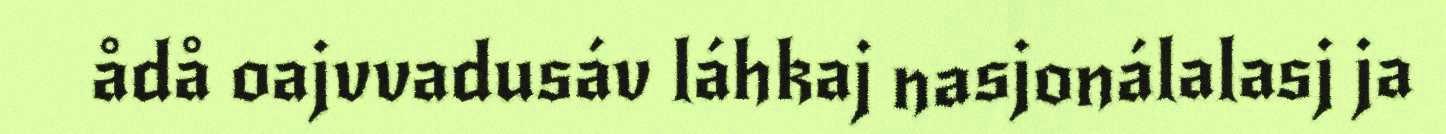
ådå oajvvadusáv láhkaj nasjonálalasj ja